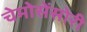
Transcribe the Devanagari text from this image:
चेमोसेंसोरी